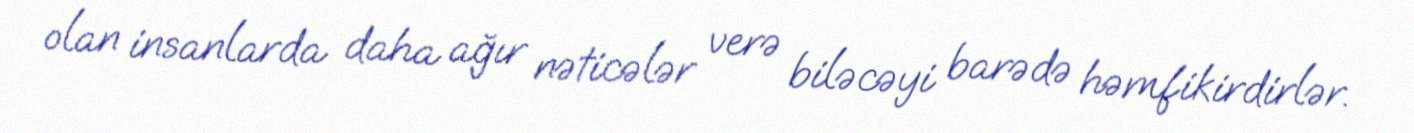
olan insanlarda daha ağır nəticələr verə biləcəyi barədə həmfikirdirlər.